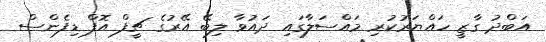
އަބްދު ގާޒީ ހައްޔަރުކުރި މައްސަލާގައި ދައުވާ ލިބޭ އޭރުގެ ޗީފް އޮފް ޑިފެންސް